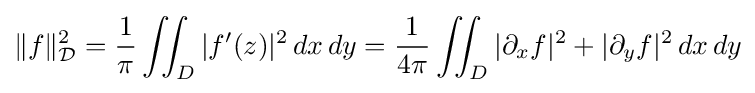
\|f\|_{\mathcal {D}}^{2}={1 \over \pi }\iint _{D}|f^{\prime }(z)|^{2}\,dx\,dy={1 \over 4\pi }\iint _{D}|\partial _{x}f|^{2}+|\partial _{y}f|^{2}\,dx\,dy